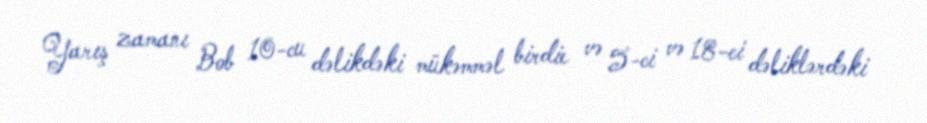
Yarış zamanı Bob 10-cu dəlikdəki mükəmməl birdie və 5-ci və 18-ci dəliklərdəki